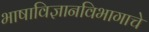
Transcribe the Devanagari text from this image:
भाषाविज्ञानविभागाचे